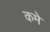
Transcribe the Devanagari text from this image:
कमे